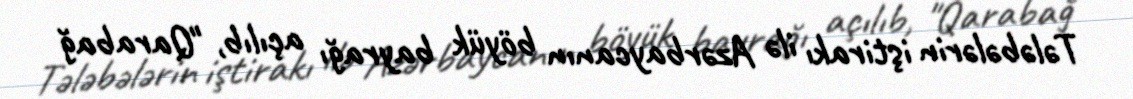
Tələbələrin iştirakı ilə Azərbaycanın böyük bayrağı açılıb, "Qarabağ